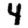
Digit: 4